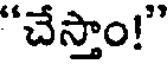
"చేస్తాం!"